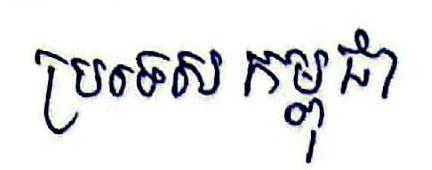
ប្រទេស កម្ពុជា